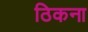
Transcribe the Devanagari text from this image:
ठिकना